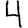
Digit: 4